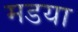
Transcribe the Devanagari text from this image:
मडया